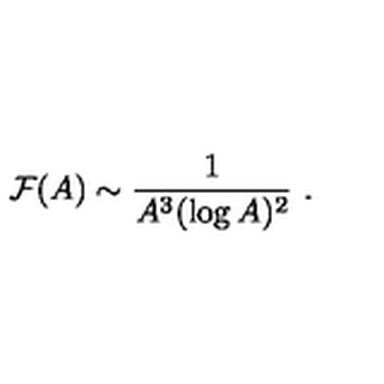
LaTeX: { \cal F } ( A ) \sim { \frac { 1 } { A ^ { 3 } ( \log A ) ^ { 2 } } } \ .